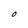
Character: O